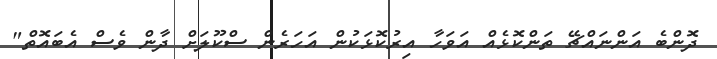
ދޮންބެ އަންނައްޗޭ ތަންކޮޅެއް އަވަހާ އިރުކޮޅަކުން އަހަރެން ސްކޫލަށް ދާން ވެސް އެބައޮތް"